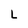
Character: L